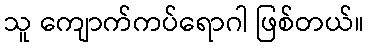
သူ ကျောက်ကပ်ရောဂါ ဖြစ်တယ်။